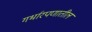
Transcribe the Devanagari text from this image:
गर्भारपणातील